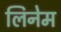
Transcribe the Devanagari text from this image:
लिनेम